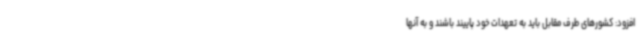
افزود: کشورهای طرف مقابل باید به تعهدات خود پاییند باشند و به آنها